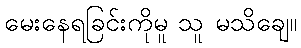
မေးနေရခြင်းကိုမူ သူ မသိချေ။